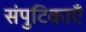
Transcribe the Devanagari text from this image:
संपुटिकाएँ